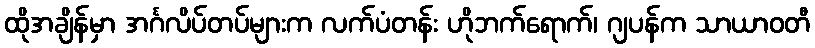
ထိုအချိန်မှာ အင်္ဂလိပ်တပ်များက လက်ပံတန်း ဟိုဘက်ရောက်၊ ဂျပန်က သာယာဝတီ